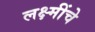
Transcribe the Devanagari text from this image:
लक्ष्मींचे